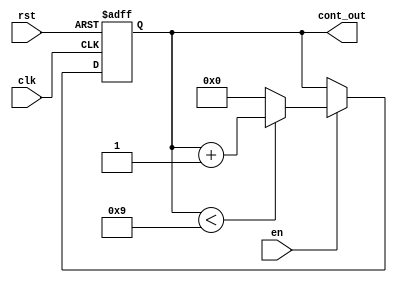
`timescale 1ns / 1ps

module Contador(
	input wire clk, rst, en,
	output reg [3:0] cont_out
    );

always@(posedge clk, posedge rst)
		if (rst)
			cont_out <= 4'b0;
		else 
			if(en)
				if(cont_out < 4'd9)
					cont_out <= cont_out + 1'b1;
				else
					cont_out <= 4'b0;
		
endmodule